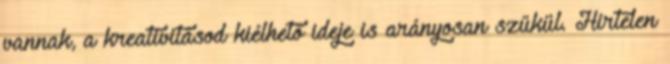
vannak, a kreativitásod kiélhető ideje is arányosan szűkül. Hirtelen